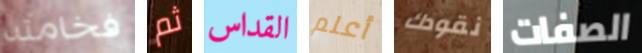
فخامته ثم القداس أعلم نقودك الصفات